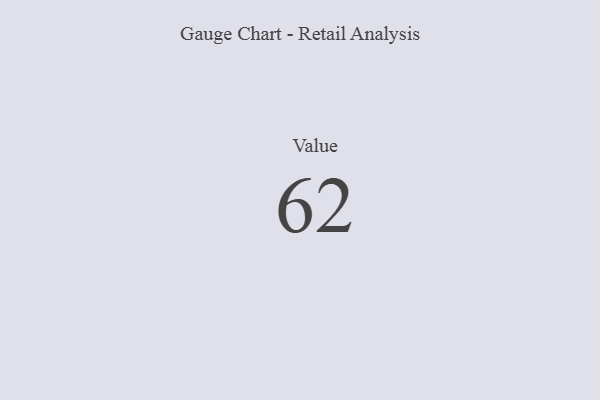
{"axis": {"x": "Metric", "y": "Value"}, "legend": [""], "data": [{"x": "Value", "y": 62, "type": ""}]}